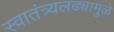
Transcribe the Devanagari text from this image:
स्वातंत्र्यलढ्यामुळे